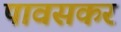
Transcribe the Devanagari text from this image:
पावसकर